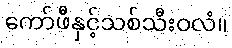
ကော်ဖီနှင့်သစ်သီးဝလံ။